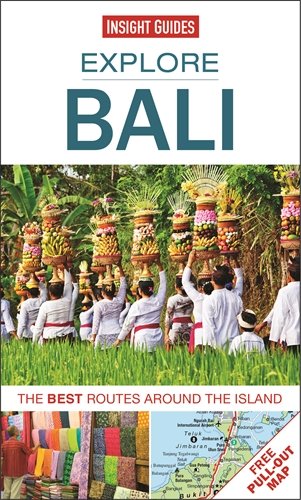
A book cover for Explore Bali: The best routes around the island; Insight Guides; Travel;